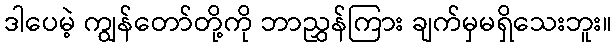
ဒါပေမဲ့ ကျွန်တော်တို့ကို ဘာညွှန်ကြား ချက်မှမရှိသေးဘူး။